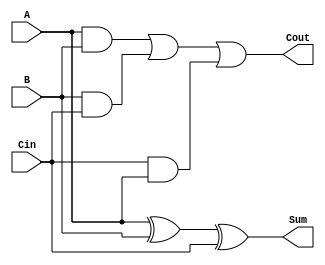
module async_full_adder (
    input wire A,      // First input bit
    input wire B,      // Second input bit
    input wire Cin,    // Carry-in bit
    output wire Sum,   // Resultant sum
    output wire Cout   // Carry-out bit
);

// Sum calculation using XOR
assign Sum = A ^ B ^ Cin;

// Carry-out calculation using AND and OR
assign Cout = (A & B) | (B & Cin) | (Cin & A);

endmodule